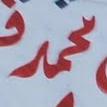
محمد